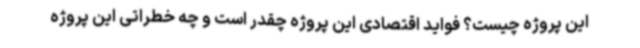
این پروژه چیست؟ فواید اقتصادی این پروژه چقدر است و چه خطراتی این پروژه